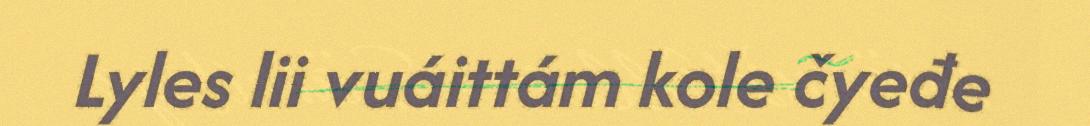
Lyles lii vuáittám kole čyeđe